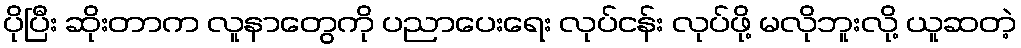
ပိုပြီး ဆိုးတာက လူနာတွေကို ပညာပေးရေး လုပ်ငန်း လုပ်ဖို့ မလိုဘူးလို့ ယူဆတဲ့